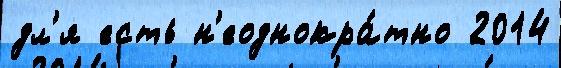
дл'я есть н'еоднокра́тно 2014